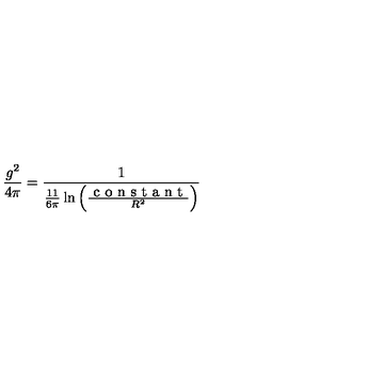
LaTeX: \frac { g ^ { 2 } } { 4 \pi } = \frac { 1 } { \frac { 1 1 } { 6 \pi } \ln \left( \frac { \textrm { c o n s t a n t } } { R ^ { 2 } } \right) }